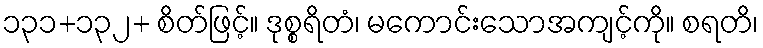
၁၃၁+၁၃၂+ စိတ်ဖြင့်။ ဒုစ္စရိတံ၊ မကောင်းသောအကျင့်ကို။ စရတိ၊